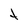
Character: t